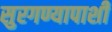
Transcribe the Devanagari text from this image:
सुरगण्यापाशी